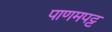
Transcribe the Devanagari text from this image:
पाणमपट्ट